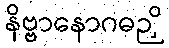
နိဗ္ဗာနောဂဓဉှိ